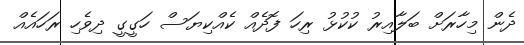
ދެން މިހާރަށް ބަލާއިރު ކުކުޅު ރިހަ ފޮދެއް ކެއްކިޔަސް ހަގީގީ ދިވެހި ރަހައެއް